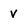
Character: v